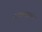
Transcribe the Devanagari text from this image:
नाटकासारखे